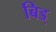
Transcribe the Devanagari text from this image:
बिड्